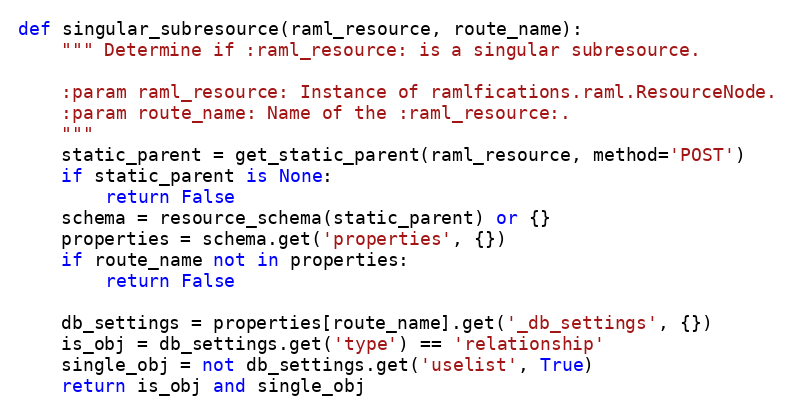
Language: Python
def singular_subresource(raml_resource, route_name):
    """ Determine if :raml_resource: is a singular subresource.

    :param raml_resource: Instance of ramlfications.raml.ResourceNode.
    :param route_name: Name of the :raml_resource:.
    """
    static_parent = get_static_parent(raml_resource, method='POST')
    if static_parent is None:
        return False
    schema = resource_schema(static_parent) or {}
    properties = schema.get('properties', {})
    if route_name not in properties:
        return False

    db_settings = properties[route_name].get('_db_settings', {})
    is_obj = db_settings.get('type') == 'relationship'
    single_obj = not db_settings.get('uselist', True)
    return is_obj and single_obj